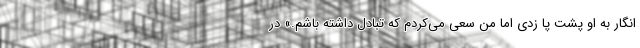
انگار به او پشت پا زدی اما من سعی می‌کردم که تبادل داشته باشم.» در